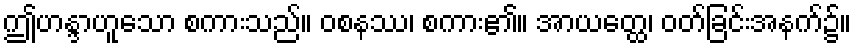
ဤဟန္ဒာဟူသော စကားသည်။ ဝစနဿ၊ စကား၏။ အာယတ္ထေ၊ ဝတ်ခြင်းအနက်၌။